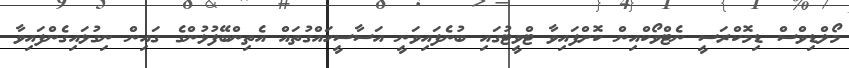
މޯލްޑިވްސް ޑިމޮކްރަސީ ނެޓްވޯކްއިން ކޮށްފައިވާ ޓްވީޓުގައި ބުނެފައިވަނީ އަސާސީހައްގުތައް އެތިންބޭފުޅުންގެ ގައިން ނިގުޅައިގެންފައިވާ